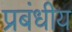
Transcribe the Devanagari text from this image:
प्रबंधीय